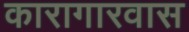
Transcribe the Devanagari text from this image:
कारागारवास